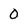
Character: 0